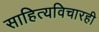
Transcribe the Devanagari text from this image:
साहित्यविचारही